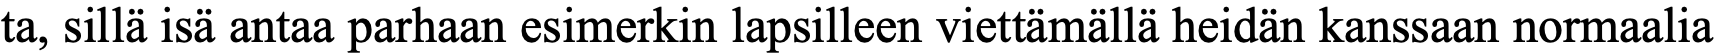
ta, sillä isä antaa parhaan esimerkin lapsilleen viettämällä heidän kanssaan normaalia